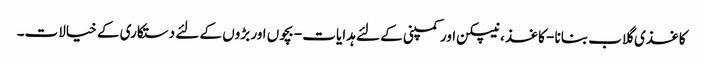
کاغذی گلاب بنانا - کاغذ ، نیپکن اور کمپنی کے لئے ہدایات - بچوں اور بڑوں کے لئے دستکاری کے خیالات۔